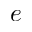
e